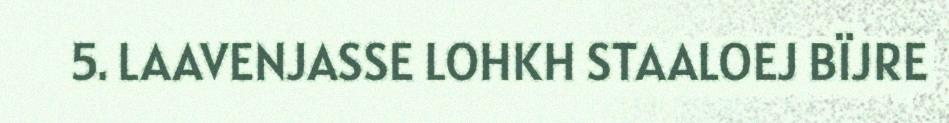
5. LAAVENJASSE LOHKH STAALOEJ BÏJRE